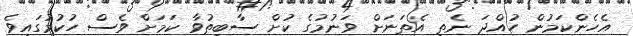
އެހެންކަމުން ހުއްދަ ނެތި އެތަނަށް ވަނުމުގެ ކުށް ސާބިތުވާ ކަމަށް ވެސް ހުކުމުގައިވެ